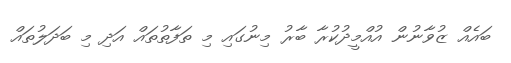
ބައެއް ޒުވާނުން އުއްމީދުކުރާ ބާރު މިނުގައި މި ތަފާތުތައް އަދި މި ބަދަލުތައް